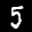
Label: 5